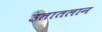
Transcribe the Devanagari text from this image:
उतातलान